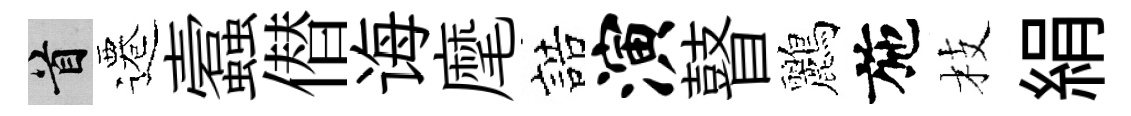
首遷蠧僣诲麾誥演瞽鸝施枝絹